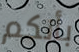
بأنكم